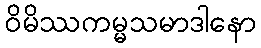
ဝိမိဿကမ္မသမာဒါနော